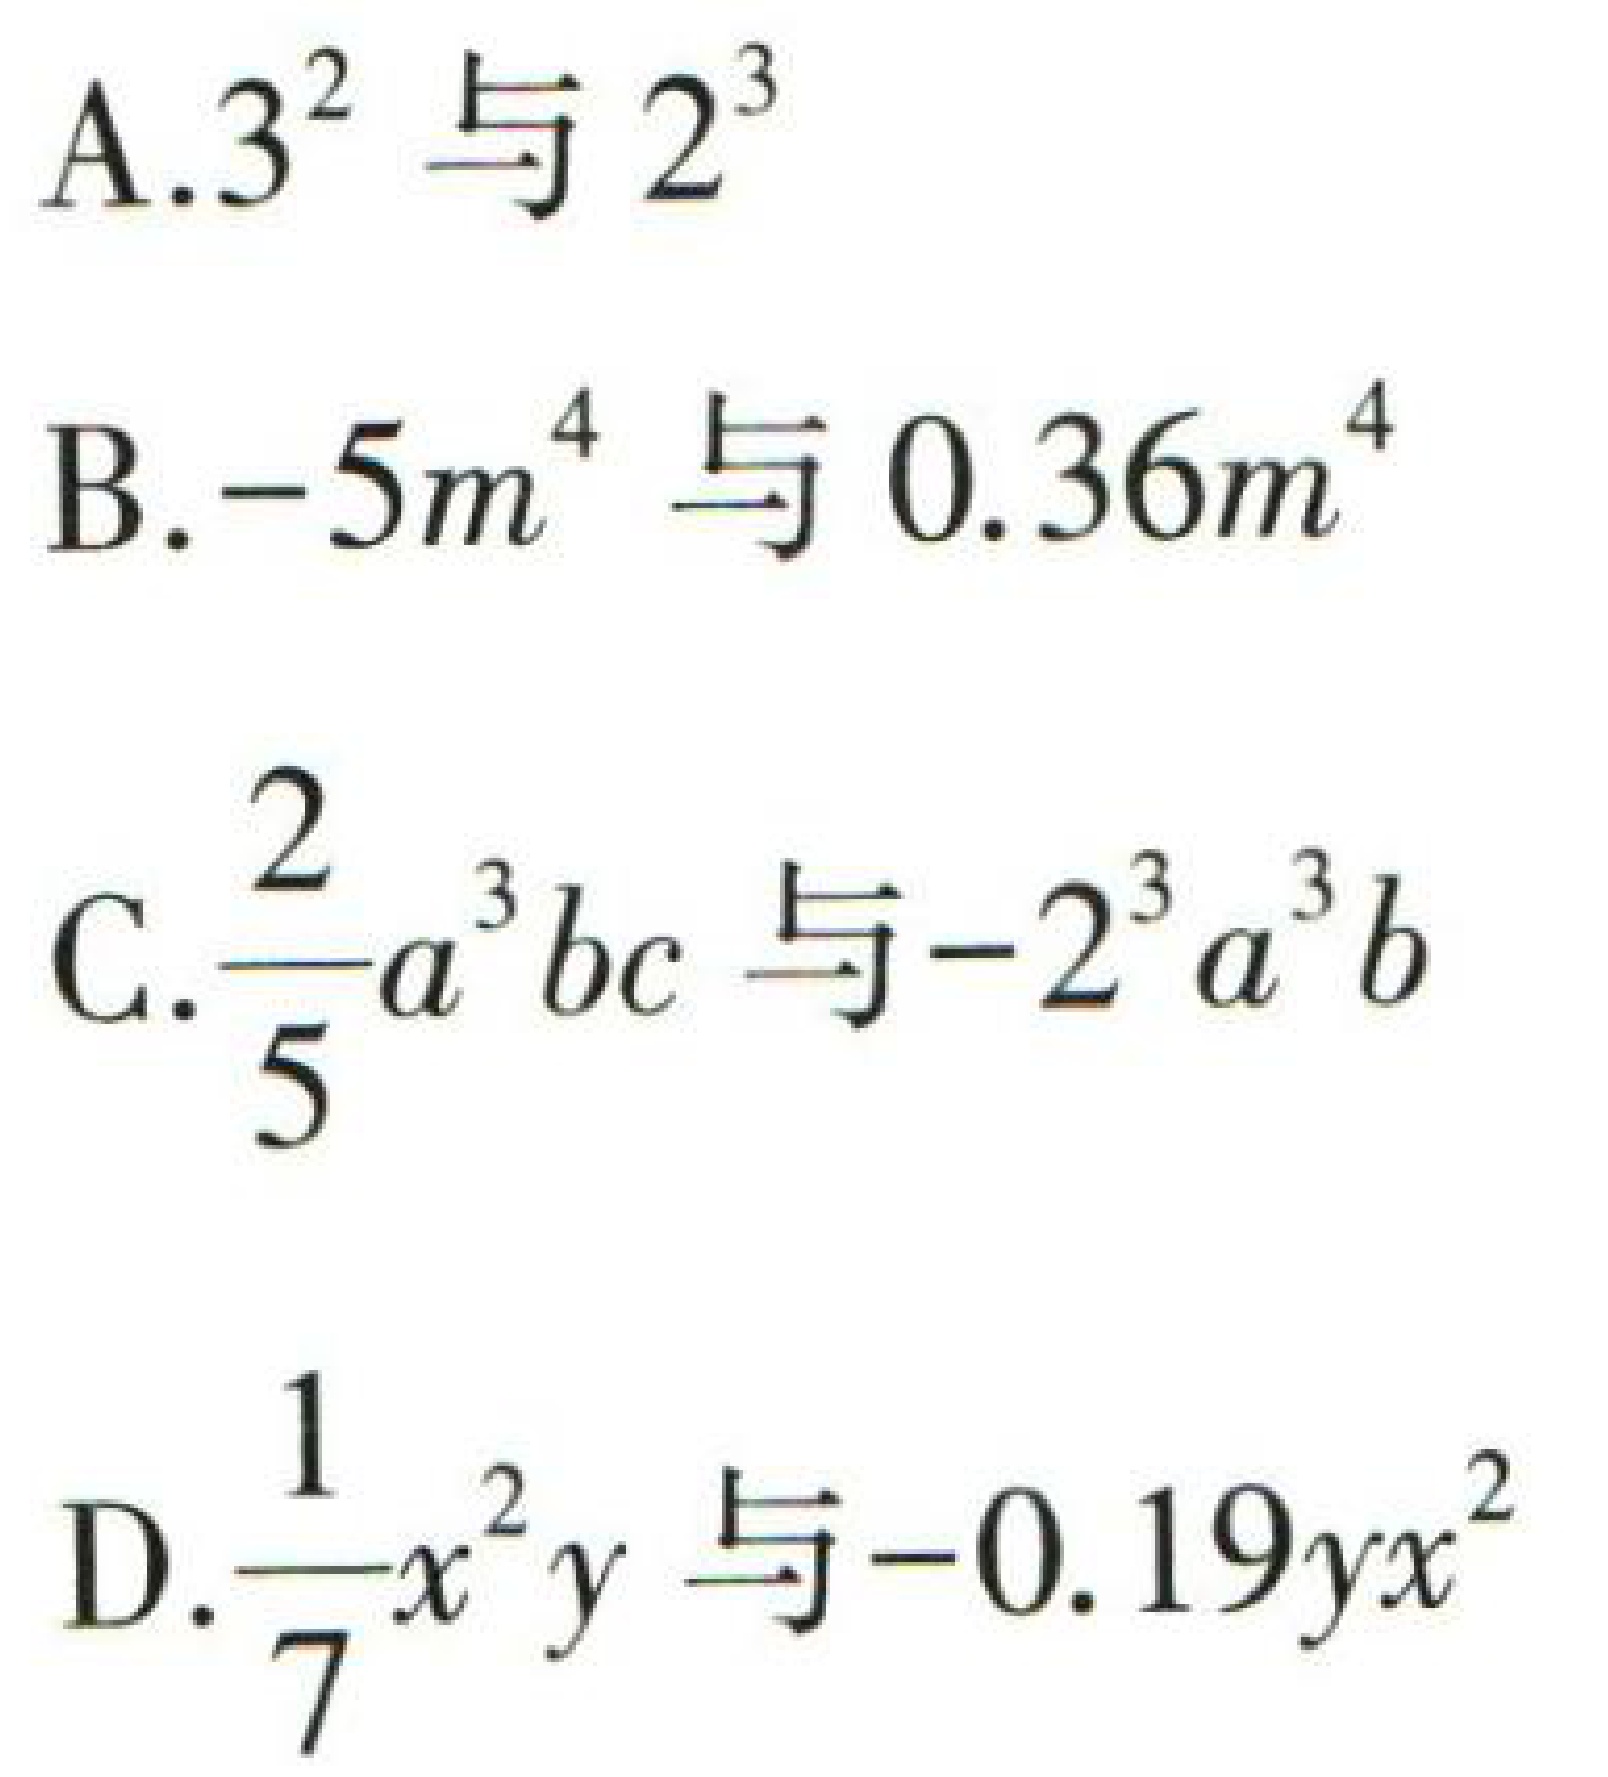
A.$3^{2}$与$2^{3}$

B.$-5m^{4}$与$0.36m^{4}$

C.$\frac{2}{5}a^{3}bc$与$-2^{3}a^{3}b$

D.$\frac{1}{7}x^{2}y$与$-0.19yx^{2}$